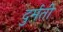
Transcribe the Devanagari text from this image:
दुर्मती